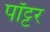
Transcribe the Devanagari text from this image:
पॉट्टर